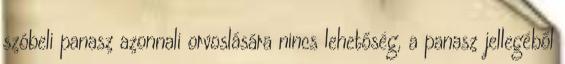
szóbeli panasz azonnali orvoslására nincs lehetőség, a panasz jellegéből